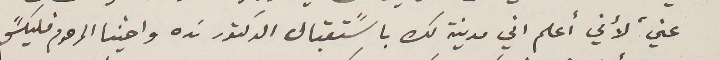
عني، لأني أعلم اني مدينة لك باسًتقبال الدكتور نده واخينا المرحوم فليكسً